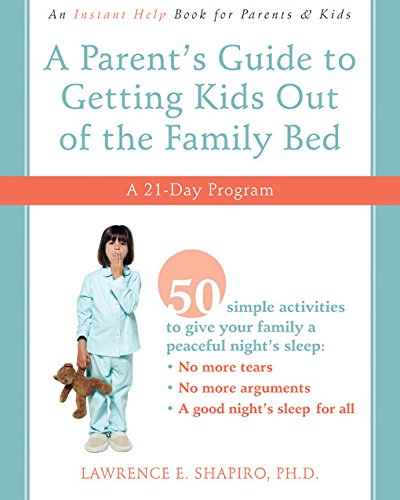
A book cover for A Parent's Guide to Getting Kids Out of the Family Bed: A 21-Day Program; Lawrence Shapiro PhD; Health, Fitness & Dieting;